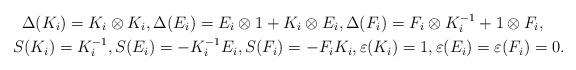
LaTeX: \begin{gather*}\Delta(K_i)=K_i\otimes K_i, \Delta(E_i)=E_i\otimes1+ K_i\otimes E_i, \Delta(F_i)=F_i\otimes K_i^{-1}+1\otimes F_i, \\S(K_{i}) = K_{i}^{-1}, S(E_{i}) = - K_{i}^{-1} E_{i}, S(F_{i}) = - F_{i} K_{i}, \varepsilon(K_i)=1, \varepsilon(E_i)=\varepsilon(F_i)=0.\end{gather*}